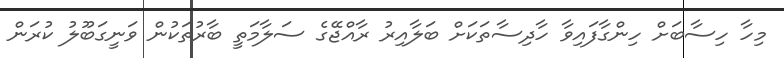
މިހާ ހިސާބަށް ހިންގާފައިވާ ހާދިސާތަކަށް ބަލާއިރު ރާއްޖޭގެ ސަލާމަތީ ބާރުތަކުން ވަނީގަބޫލު ކުރަން